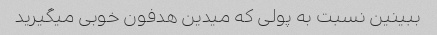
ببینین نسبت به پولی که میدین هدفون خوبی میگیرید